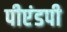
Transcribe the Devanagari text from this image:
पीएंडपी